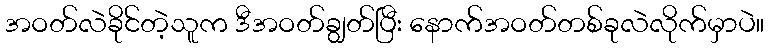
အဝတ်လဲခိုင်တဲ့သူက ဒီအဝတ်ချွတ်ပြီး နောက်အဝတ်တစ်ခုလဲလိုက်မှာပဲ။